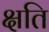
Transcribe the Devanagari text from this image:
क्षति